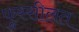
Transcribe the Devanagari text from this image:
फुस्सीलत